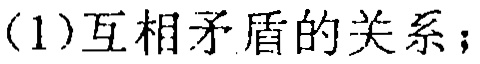
（1）互相矛盾的关系；